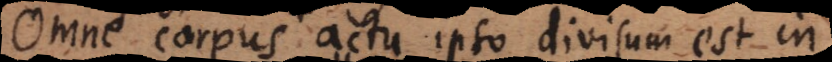
Omne corpus actu ipso divisum est in